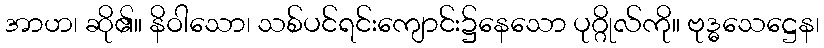
အာဟ၊ ဆို၏။ နိဝါသော၊ သစ်ပင်ရင်းကျောင်း၌နေသော ပုဂ္ဂိုလ်ကို။ ဗုဒ္ဓသေဋ္ဌေန၊